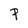
Character: P